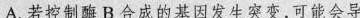
A.若控制酶B合成的基因发生突变，可能会导